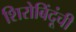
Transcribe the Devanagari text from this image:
शिरोबिंदूंची